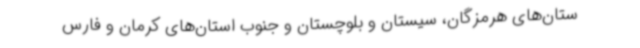
ستان‌های هرمزگان، سیستان و بلوچستان و جنوب استان‌های کرمان و فارس